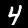
Label: 4